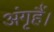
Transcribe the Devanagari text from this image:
अंगृहैं।